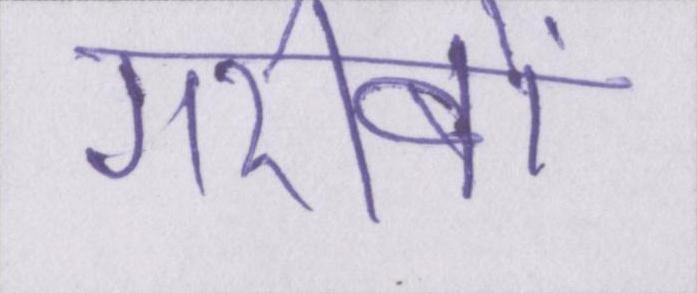
गरीबों